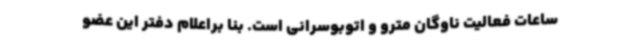
ساعات فعالیت ناوگان مترو و اتوبوسرانی است‌. بنا براعلام دفتر این عضو